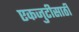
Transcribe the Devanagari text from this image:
एकजुटीसाठी